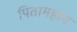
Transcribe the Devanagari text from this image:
पितामहान